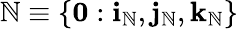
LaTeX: \mathbb{N}\equiv\{ \mathbf{{0}}:\mathbf{{i}}_{\mathbb{N}},\mathbf{{j}}_{\mathbb{N}},\mathbf{{k}}_{\mathbb{N}}\}